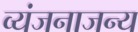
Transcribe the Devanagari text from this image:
व्यंजनाजन्य